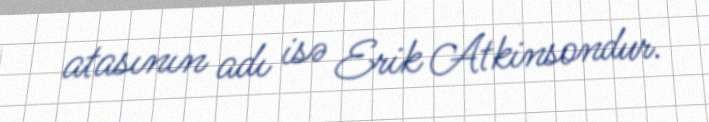
atasının adı isə Erik Atkinsondur.